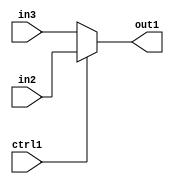
`timescale 1ps / 1ps
/*****************************************************************************
    Verilog RTL Description
    
    
    Created by: Stratus DpOpt 2019.1.01 
*******************************************************************************/

module SobelFilter_N_Muxb_1_2_0_4 (
	in3,
	in2,
	ctrl1,
	out1
	); /* architecture "behavioural" */ 
input  in3,
	in2,
	ctrl1;
output  out1;
wire  asc001;

reg [0:0] asc001_tmp_0;
assign asc001 = asc001_tmp_0;
always @ (ctrl1 or in2 or in3) begin
	case (ctrl1)
		1'B1 : asc001_tmp_0 = in2 ;
		default : asc001_tmp_0 = in3 ;
	endcase
end

assign out1 = asc001;
endmodule

/* CADENCE  uLPyTQk= : u9/ySgnWtBlWxVPRXgAZ4Og= ** DO NOT EDIT THIS LINE ******/